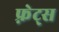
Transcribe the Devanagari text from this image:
फ़्रेट्स